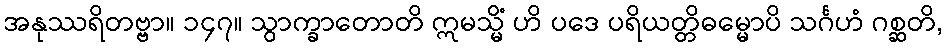
အနုဿရိတဗ္ဗာ။ ၁၄၇။ သွာက္ခာတောတိ ဣမသ္မိံ ဟိ ပဒေ ပရိယတ္တိဓမ္မောပိ သင်္ဂဟံ ဂစ္ဆတိ,